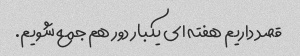
قصد داریم هفته ای یکبار دور هم جمع شویم.